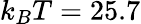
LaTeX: k_{B}T=25.7